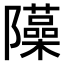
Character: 𨽣